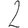
Digit: 2